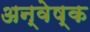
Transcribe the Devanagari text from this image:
अन्वेष्क